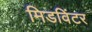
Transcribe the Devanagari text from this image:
मिडविंटर